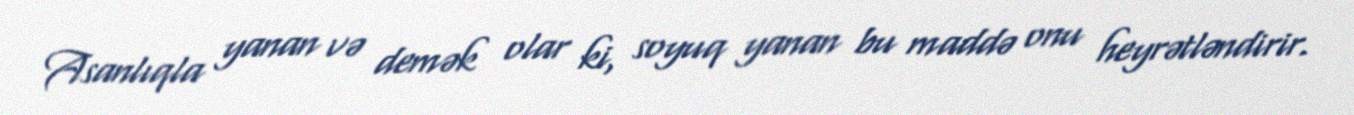
Asanlıqla yanan və demək olar ki, soyuq yanan bu maddə onu heyrətləndirir.